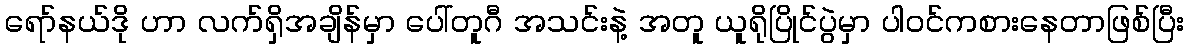
ရော်နယ်ဒို ဟာ လက်ရှိအချိန်မှာ ပေါ်တူဂီ အသင်းနဲ့ အတူ ယူရိုပြိုင်ပွဲမှာ ပါဝင်ကစားနေတာဖြစ်ပြီး